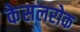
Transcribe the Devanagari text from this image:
केसलरोक